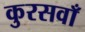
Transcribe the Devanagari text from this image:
कुरसवाँ